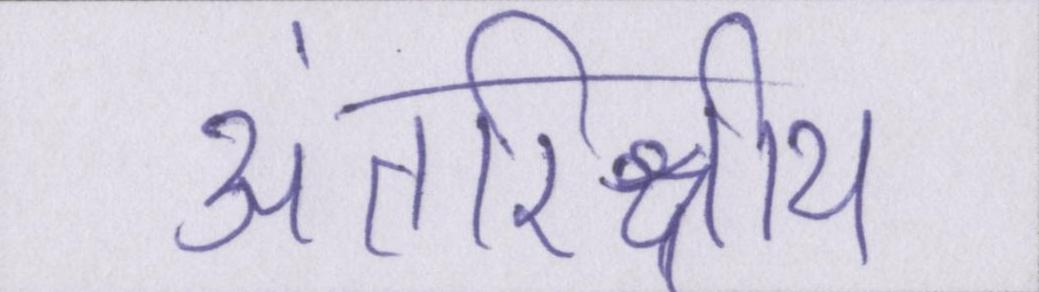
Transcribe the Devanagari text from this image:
अंतरिक्षीय